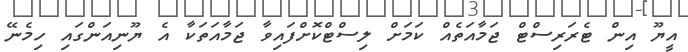
އީޔޫ އިން ޓެރަރިސްޓް ޖަމާއަތެއް ކަމަށް ލިސްޓްކޮށްފައިވާ ޖަމާއަތަކާ އެ ޔޫނިއަންގައި ހިމެނޭ